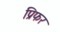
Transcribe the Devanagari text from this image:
प्रिफर